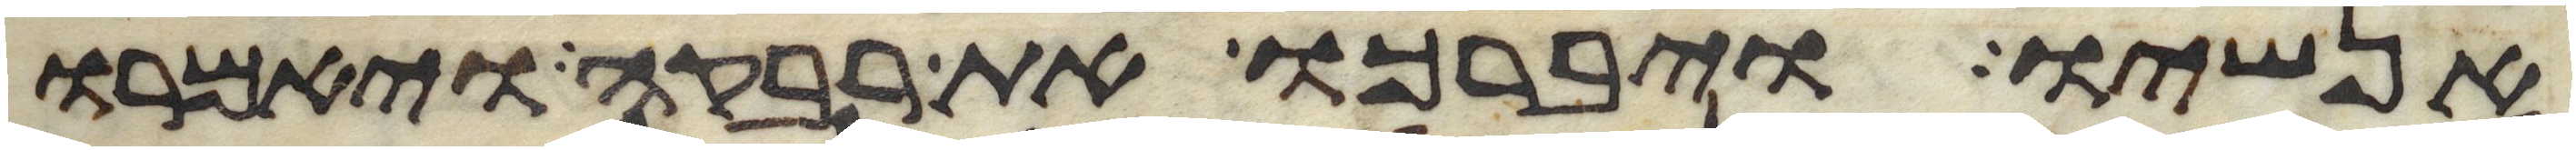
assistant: אנשיו ויברכו את רבקה ויאמרו